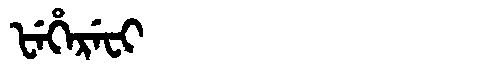
Manchu: ᡶᡝᡥᡝᡵᡝᠸᡳ
Romanization: FEHEREFI